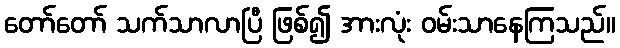
တော်တော် သက်သာလာပြီ ဖြစ်၍ အားလုံး ဝမ်းသာနေကြသည်။